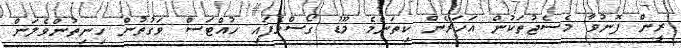
ރީން ފޮނުވާ މެސެޖުތަކުން އަހަރެން ކިތަންމެ މޫޑު ގޯސްވެފައި ހުއްޓަސް ވަގުތުން ހިނިތުންވެލަން